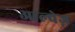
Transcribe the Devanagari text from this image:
आल्वेज़